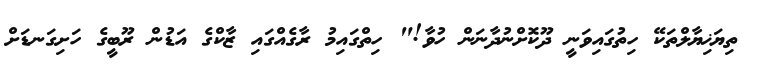
ތިޔަޚިޔާލްތަކޭ ހިތުގައިވަނީ ދޫކޮށްނުދާނަން ހުވާ!" ހިތްގައިމު ރާގެއްގައި ޒާކްގެ އަޑުން ރޫބީގެ ހަށިގަނޑަށް